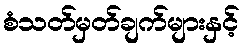
စံသတ်မှတ်ချက်များနှင့်